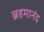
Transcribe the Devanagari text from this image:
ब्रहमानंद